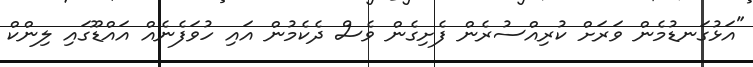
"އަޅުގަނޑުމެން ވަރަށް ކުރިއްސުރެން ފެށިގެން ވެސް ދެކެމުން އައި ހުވަފެނެއް އައްޑޫގައި ލިންކް